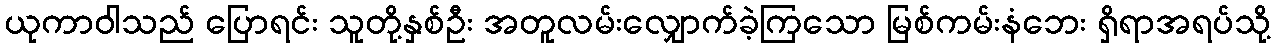
ယုကာဝါသည် ပြောရင်း သူတို့နှစ်ဦး အတူလမ်းလျှောက်ခဲ့ကြသော မြစ်ကမ်းနံဘေး ရှိရာအရပ်သို့